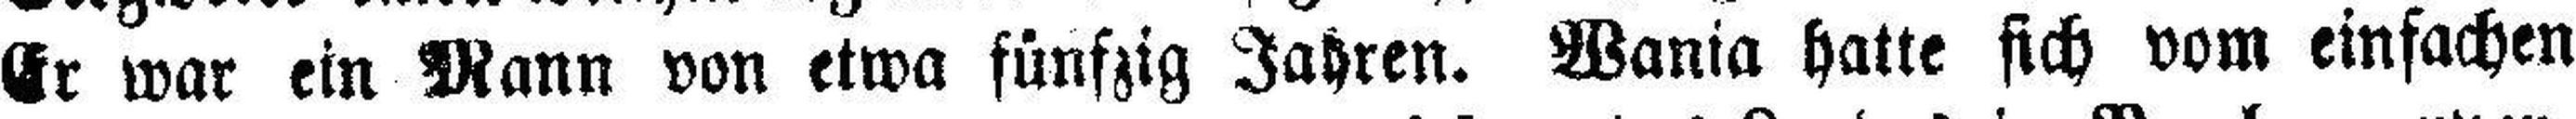
Er war ein Mann von etwa fünfzig Jahren. Wania hatte sich vom einfachen